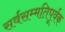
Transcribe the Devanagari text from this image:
सर्वसम्मतिपूर्वक